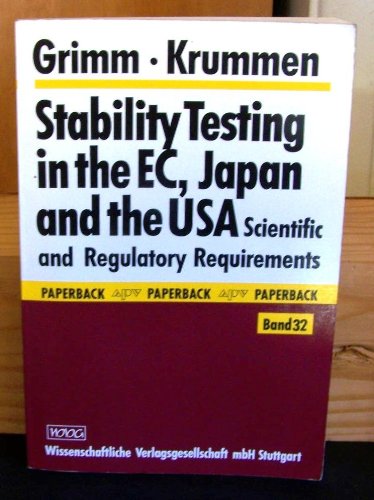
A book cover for Stability Testing In The Ec, Japan & The Usa; Wolfgang Grimm; Medical Books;